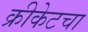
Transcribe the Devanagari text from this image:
क्रीकेटचा